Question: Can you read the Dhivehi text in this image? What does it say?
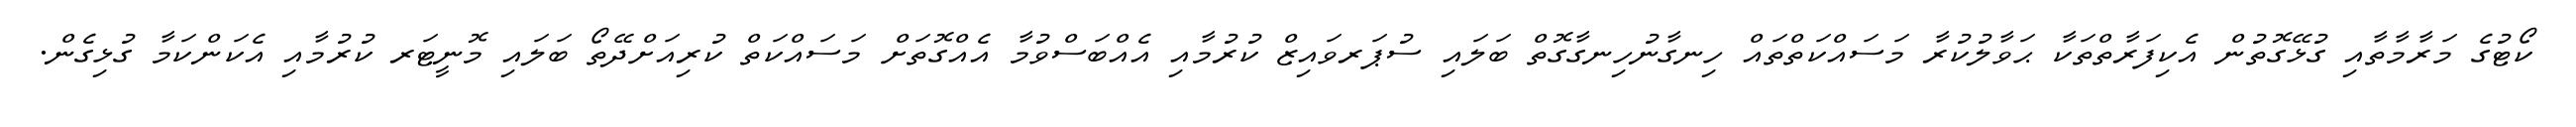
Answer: ކޯޓުގެ މަރާމާތާއި ގުޅޭގޮތުން އެކިފަރާތްތަކާ ޙަވާލުކުރާ މަސައްކަތްތައް ހިނގާނުހިނގާގޮތް ބަލައި ސުޕަރވައިޒް ކުރުމާއި އެއްބަސްވުމާ އެއްގޮތަށް މަސައްކަތް ކުރިއަށްދޭތޯ ބަލައި މޮނީޓަރ ކުރުމާއި އެކަންކަމާ ގުޅިގެން.